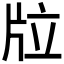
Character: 𤖹